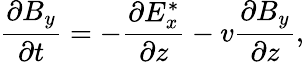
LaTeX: \frac{\partial B_{y}}{\partial t}=-\frac{\partial E_{x}^{*}}{\partial z}-v\frac{\partial B_{y}}{\partial z},